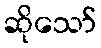
ဆိုသော်